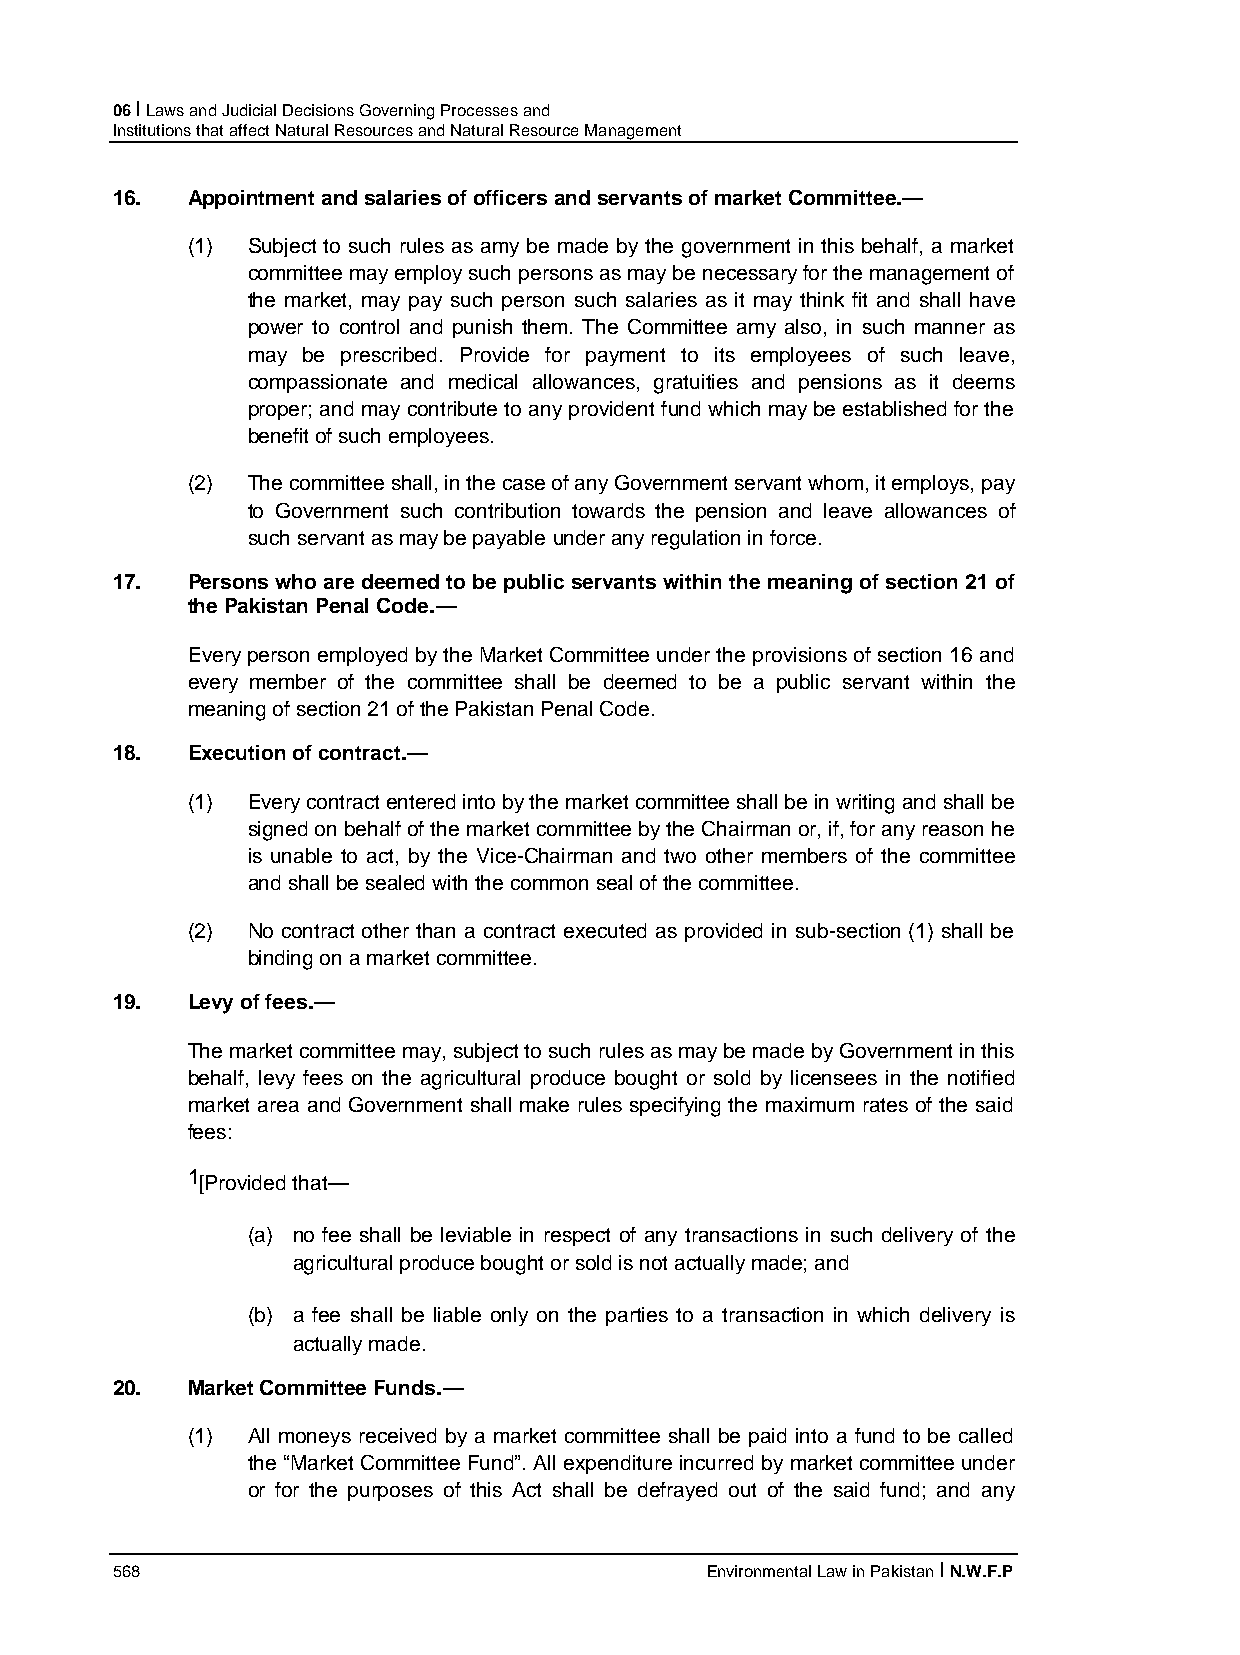
06 I Laws and Judicial Decisions Governing Processes and
 Institutions that affect Natural Resources and Natural Resource Management
 16.  Appointment and salaries of officers and servants of market Committee.—
 (1) Subject to such rules as amy be made by the government in this behalf, a market
 committee may employ such persons as may be necessary for the management of
 the market, may pay such person such salaries as it may think fit and shall have
 power to control and punish them. The Committee amy also, in such manner as
 may be prescribed. Provide for payment to its employees of such leave,
 compassionate and medical allowances, gratuities and pensions as it deems
 proper; and may contribute to any provident fund which may be established for the
 benefit of such employees.
 (2) The committee shall, in the case of any Government servant whom, it employs, pay
 to Government such contribution towards the pension and leave allowances of
 such servant as may be payable under any regulation in force.
 17.  Persons who are deemed to be public servants within the meaning of section 21 of
 the Pakistan Penal Code.—
 Every person employed by the Market Committee under the provisions of section 16 and
 every member of the committee shall be deemed to be a public servant within the
 meaning of section 21 of the Pakistan Penal Code.
 18.  Execution of contract.—
 (1) Every contract entered into by the market committee shall be in writing and shall be
 signed on behalf of the market committee by the Chairman or, if, for any reason he
 is unable to act, by the Vice-Chairman and two other members of the committee
 and shall be sealed with the common seal of the committee.
 (2) No contract other than a contract executed as provided in sub-section (1) shall be
 binding on a market committee.
 19.  Levy of fees.—
 The market committee may, subject to such rules as may be made by Government in this
 behalf, levy fees on the agricultural produce bought or sold by licensees in the notified
 market area and Government shall make rules specifying the maximum rates of the said
 fees:
 1
 [Provided that—
 (a) no fee shall be leviable in respect of any transactions in such delivery of the
 agricultural produce bought or sold is not actually made; and
 (b) a fee shall be liable only on the parties to a transaction in which delivery is
 actually made.
 20.  Market Committee Funds.—
 (1) All moneys received by a market committee shall be paid into a fund to be called
 the “Market Committee Fund”. All expenditure incurred by market committee under
 or for the purposes of this Act shall be defrayed out of the said fund; and any
 568                                     Environmental Law in Pakistan I N.W.F.P